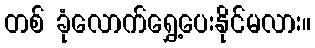
တစ် ခုံလောက်ရွှေ့ပေးနိုင်မလား။